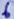
Text: 6